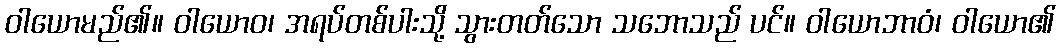
ဝါယောမည်၏။ ဝါယောဝ၊ အရပ်တစ်ပါးသို့ သွားတတ်သော သဘောသည် ပင်။ ဝါယောဘာဝံ၊ ဝါယော၏